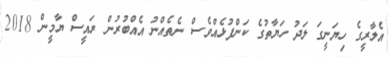
އެލާރީގެ ހިޔަނީގަ ލަދު ހަޔާތުގެ ކަންފުޅެއްވެސް ނެތެއްނު އެއްބުރުން ރައީސް ޔާމީން 2018